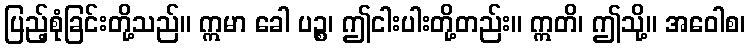
ပြည့်စုံခြင်းတို့သည်။ ဣမာ ခေါ ပဉ္စ၊ ဤငါးပါးတို့တည်း။ ဣတိ၊ ဤသို့။ အဝေါစ၊